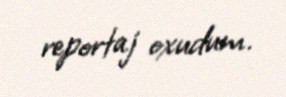
reportaj oxudum.